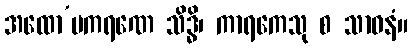
အထော’ပကရဏေ သိဒ္ဓိ၊ ကာရကေသု စ သာဓနံ။